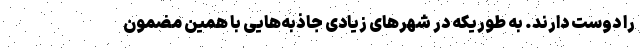
را دوست دارند. به طوریکه در شهر‌های زیادی جاذبه‌هایی با همین مضمون